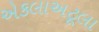
એકલાઅટૂલા